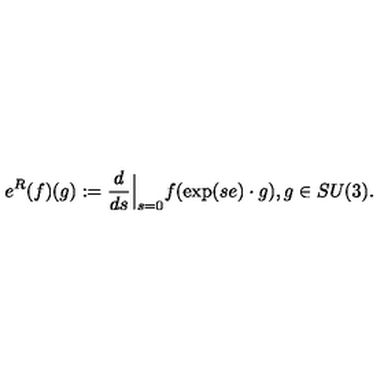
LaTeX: e ^ { R } ( f ) ( g ) : = \frac d { d s } { \Big | } _ { s = 0 } f ( \exp ( s e ) \cdot g ) , g \in S U ( 3 ) .